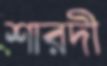
শারদী